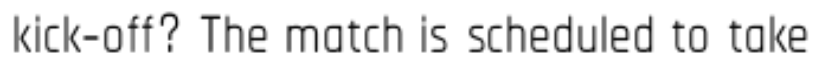
kick-off? The match is scheduled to take